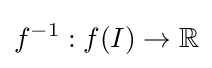
f^{-1}:f(I)\to \mathbb {R}